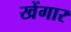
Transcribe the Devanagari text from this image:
खेंगार